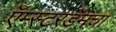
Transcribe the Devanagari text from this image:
ऍम्स्टरडॅमचा